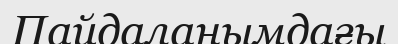
Пайдаланымдағы